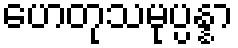
ဟေတုသမုပ္ပန္နာ